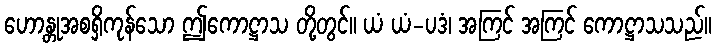
ဟောန္တုအစရှိကုန်သော ဤကောဋ္ဌာသ တို့တွင်။ ယံ ယံ-ပဒံ၊ အကြင် အကြင် ကောဋ္ဌာသသည်။